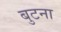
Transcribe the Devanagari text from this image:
बुटना